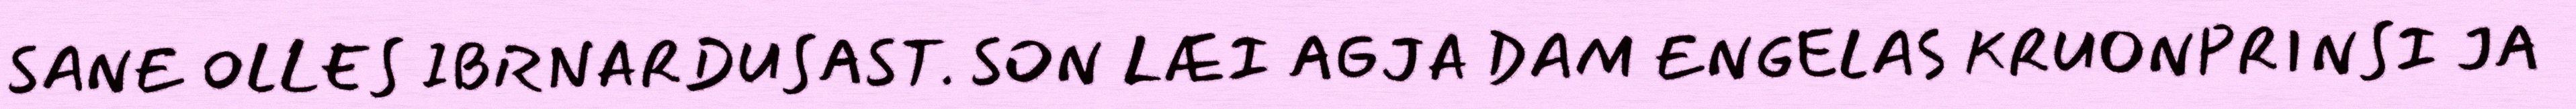
SANE OLLES IBRNARDUSAST. SON LÆI AGJA DAM ENGELAS KRUONPRINSI JA